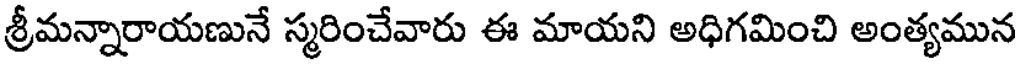
శ్రీమన్నారాయణునే స్మరించేవారు ఈ మాయని అధిగమించి అంత్యమున